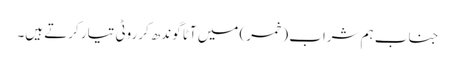
جناب ہم شراب (خمر) میں آٹا گوندھ کرروٹی تیار کرتے ہیں۔